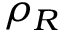
\rho _ { R }